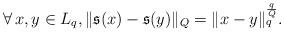
LaTeX: \begin{align*}\forall\, x,y\in L_q,\|\mathfrak{s}(x)-\mathfrak{s}(y)\|_Q=\|x-y\|_q^{\frac{q}{Q}}.\end{align*}